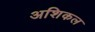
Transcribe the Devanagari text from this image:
अशिकल